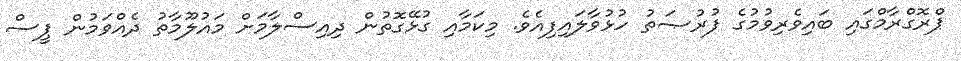
ޕްރޮގްރާމްގައި ބައިވެރިވުމުގެ ފުރުޞަތު ހުޅުވާލައިފިއެވެ. މިކަމާއި ގުޅޭގޮތުން ދިއިސްލާމަށް މައުލޫމާތު ދެއްވަމުން ޕީސް